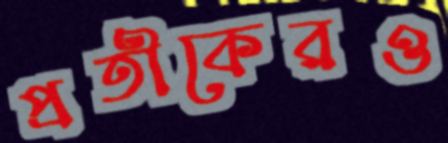
প্রতীকেরও